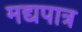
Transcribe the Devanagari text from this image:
मद्यपात्र